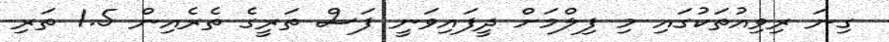
ގިނަ ރިވިއުތަކުގައި މި ފިލްމަށް ދީފައިވަނީ ފަސް ތަރީގެ ތެރެއިން 1.5 ތަރި